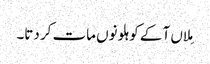
مِلاں آ کے کوہلو نوں مات کر دتا۔